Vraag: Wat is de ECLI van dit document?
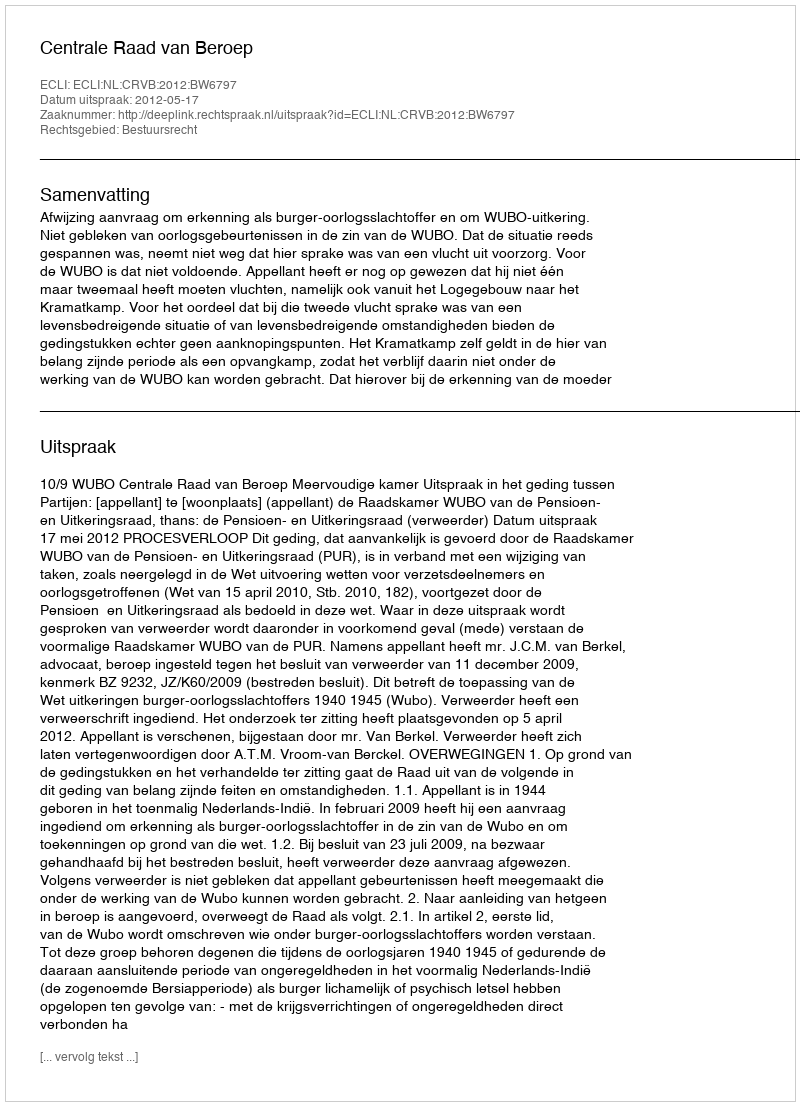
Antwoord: ECLI:NL:CRVB:2012:BW6797